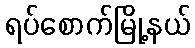
ရပ်စောက်မြို့နယ်